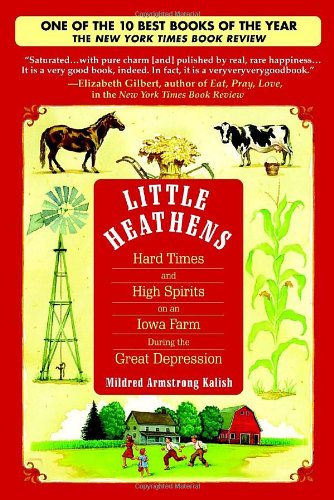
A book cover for Little Heathens: Hard Times and High Spirits on an Iowa Farm During the Great Depression; Mildred Armstrong Kalish; Science & Math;